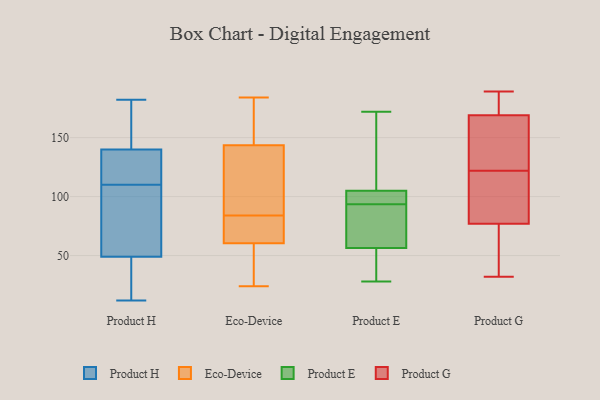
{"axis": {"x": "Revenue (USD Million)", "y": "Value"}, "legend": ["Eco-Device", "Product E", "Product G", "Product H"], "data": [{"x": "", "y": 141, "type": "Product H"}, {"x": "", "y": 140, "type": "Product H"}, {"x": "", "y": 176, "type": "Product H"}, {"x": "", "y": 89, "type": "Product H"}, {"x": "", "y": 140, "type": "Product H"}, {"x": "", "y": 49, "type": "Product H"}, {"x": "", "y": 12, "type": "Product H"}, {"x": "", "y": 133, "type": "Product H"}, {"x": "", "y": 106, "type": "Product H"}, {"x": "", "y": 22, "type": "Product H"}, {"x": "", "y": 114, "type": "Product H"}, {"x": "", "y": 47, "type": "Product H"}, {"x": "", "y": 182, "type": "Product H"}, {"x": "", "y": 105, "type": "Product H"}, {"x": "", "y": 63, "type": "Eco-Device"}, {"x": "", "y": 80, "type": "Eco-Device"}, {"x": "", "y": 138, "type": "Eco-Device"}, {"x": "", "y": 24, "type": "Eco-Device"}, {"x": "", "y": 153, "type": "Eco-Device"}, {"x": "", "y": 58, "type": "Eco-Device"}, {"x": "", "y": 184, "type": "Eco-Device"}, {"x": "", "y": 148, "type": "Eco-Device"}, {"x": "", "y": 139, "type": "Eco-Device"}, {"x": "", "y": 73, "type": "Eco-Device"}, {"x": "", "y": 88, "type": "Eco-Device"}, {"x": "", "y": 29, "type": "Eco-Device"}, {"x": "", "y": 64, "type": "Product E"}, {"x": "", "y": 60, "type": "Product E"}, {"x": "", "y": 53, "type": "Product E"}, {"x": "", "y": 172, "type": "Product E"}, {"x": "", "y": 86, "type": "Product E"}, {"x": "", "y": 48, "type": "Product E"}, {"x": "", "y": 63, "type": "Product E"}, {"x": "", "y": 105, "type": "Product E"}, {"x": "", "y": 28, "type": "Product E"}, {"x": "", "y": 105, "type": "Product E"}, {"x": "", "y": 35, "type": "Product E"}, {"x": "", "y": 125, "type": "Product E"}, {"x": "", "y": 101, "type": "Product E"}, {"x": "", "y": 101, "type": "Product E"}, {"x": "", "y": 136, "type": "Product E"}, {"x": "", "y": 102, "type": "Product E"}, {"x": "", "y": 90, "type": "Product G"}, {"x": "", "y": 64, "type": "Product G"}, {"x": "", "y": 109, "type": "Product G"}, {"x": "", "y": 32, "type": "Product G"}, {"x": "", "y": 110, "type": "Product G"}, {"x": "", "y": 39, "type": "Product G"}, {"x": "", "y": 39, "type": "Product G"}, {"x": "", "y": 187, "type": "Product G"}, {"x": "", "y": 134, "type": "Product G"}, {"x": "", "y": 189, "type": "Product G"}, {"x": "", "y": 166, "type": "Product G"}, {"x": "", "y": 99, "type": "Product G"}, {"x": "", "y": 161, "type": "Product G"}, {"x": "", "y": 163, "type": "Product G"}, {"x": "", "y": 172, "type": "Product G"}, {"x": "", "y": 179, "type": "Product G"}]}